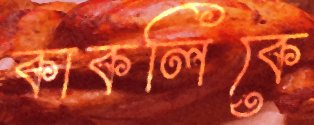
কাকলিকে